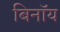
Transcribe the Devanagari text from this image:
बिनॉय